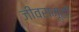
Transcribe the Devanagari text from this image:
जीवसमूही